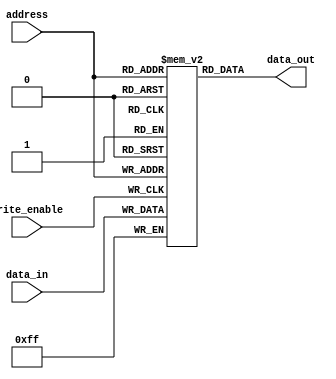
module flash_rom (
    input wire [7:0] address,
    input wire [7:0] data_in,
    input wire write_enable,
    output reg [7:0] data_out
);

reg [7:0] memory [0:255];

always @ (posedge write_enable)
begin
    memory[address] <= data_in;
end

always @ (address)
begin
    data_out <= memory[address];
end

endmodule